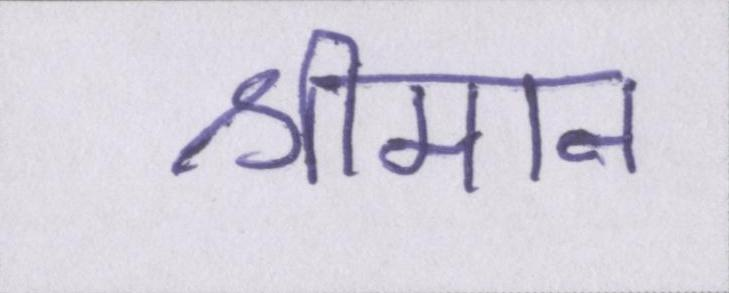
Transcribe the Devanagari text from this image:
श्रीमान